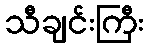
သီချင်းကြီး